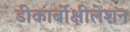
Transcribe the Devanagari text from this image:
डीकार्बोक्षीलेशन